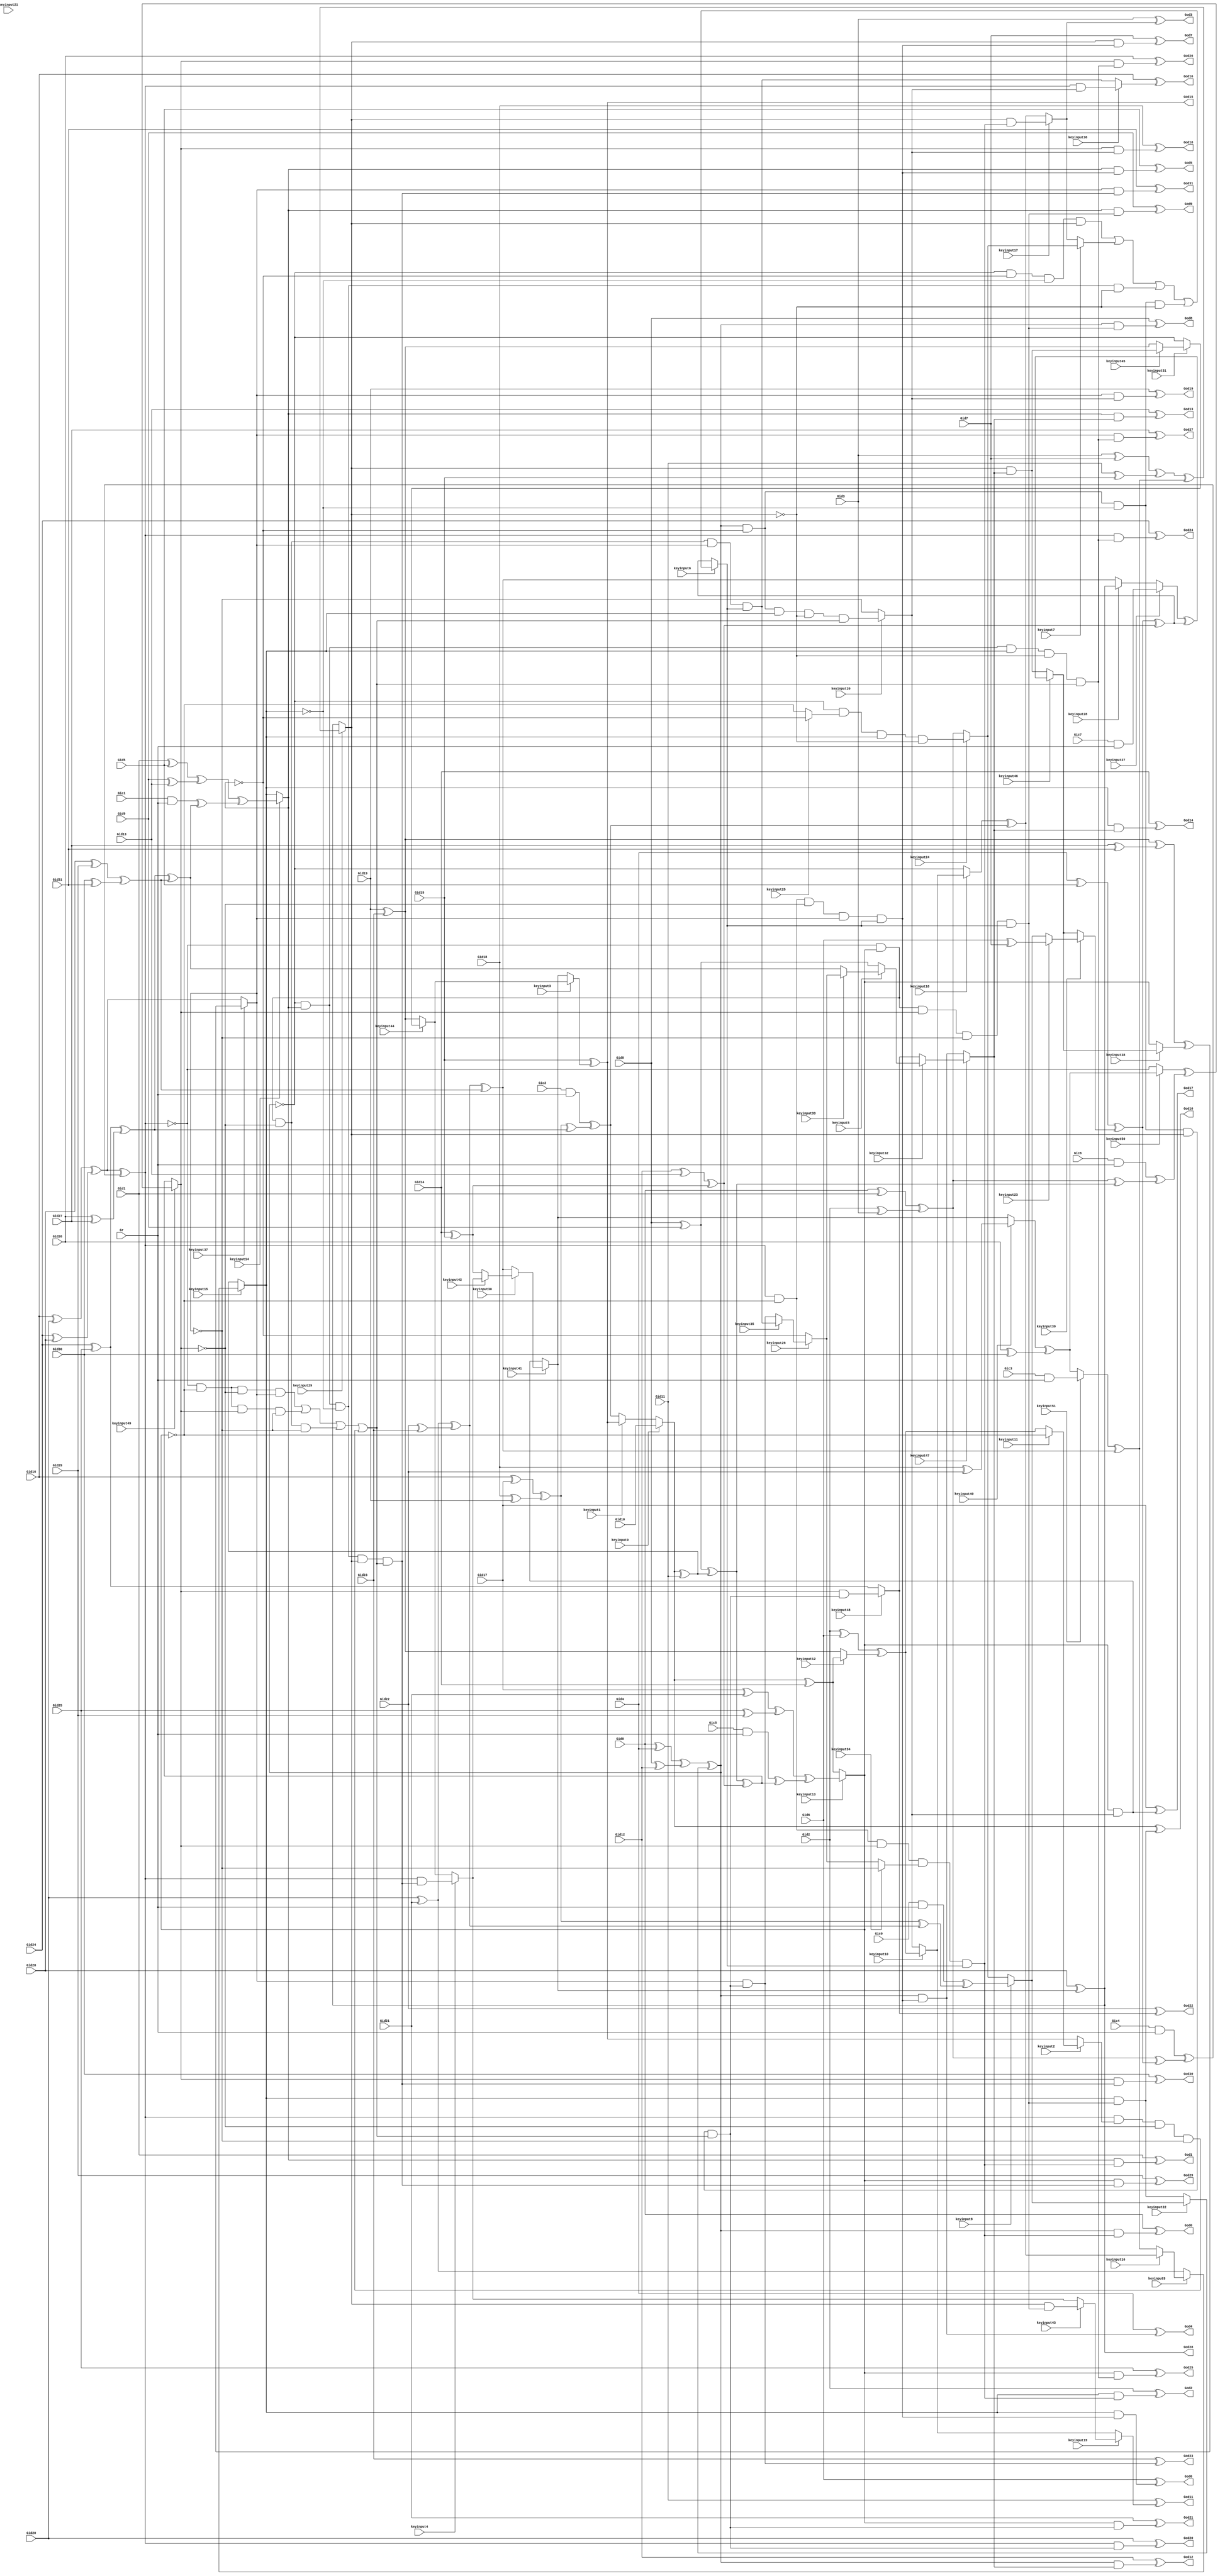
// Verilog File 
module top (Gid0,Gid1,Gid2,Gid3,Gid4,Gid5,Gid6,Gid7,Gid8,
Gid9,Gid10,Gid11,Gid12,Gid13,Gid14,Gid15,Gid16,Gid17,Gid18,
Gid19,Gid20,Gid21,Gid22,Gid23,Gid24,Gid25,Gid26,Gid27,Gid28,
Gid29,Gid30,Gid31,Gic0,Gic1,Gic2,Gic3,Gic4,Gic5,Gic6,
Gic7,Gr,God0,God1,God2,God3,God4,God5,God6,God7,
God8,God9,God10,God11,God12,God13,God14,God15,God16,God17,
God18,God19,God20,God21,God22,God23,God24,God25,God26,God27,
God28,God29,God30,God31,keyinput0,keyinput1,keyinput2,keyinput3,keyinput4,keyinput5,
keyinput6,keyinput7,keyinput8,keyinput9,keyinput10,keyinput11,keyinput12,keyinput13,keyinput14,keyinput15,
keyinput16,keyinput17,keyinput18,keyinput19,keyinput20,keyinput21,keyinput22,keyinput23,keyinput24,keyinput25,
keyinput26,keyinput27,keyinput28,keyinput29,keyinput30,keyinput31,keyinput32,keyinput33,keyinput34,keyinput35,
keyinput36,keyinput37,keyinput38,keyinput39,keyinput40,keyinput41,keyinput42,keyinput43,keyinput44,keyinput45,
keyinput46,keyinput47,keyinput48,keyinput49,keyinput50,keyinput51);

input Gid0,Gid1,Gid2,Gid3,Gid4,Gid5,Gid6,Gid7,Gid8,
Gid9,Gid10,Gid11,Gid12,Gid13,Gid14,Gid15,Gid16,Gid17,Gid18,
Gid19,Gid20,Gid21,Gid22,Gid23,Gid24,Gid25,Gid26,Gid27,Gid28,
Gid29,Gid30,Gid31,Gic0,Gic1,Gic2,Gic3,Gic4,Gic5,Gic6,
Gic7,Gr,keyinput0,keyinput1,keyinput2,keyinput3,keyinput4,keyinput5,keyinput6,keyinput7,
keyinput8,keyinput9,keyinput10,keyinput11,keyinput12,keyinput13,keyinput14,keyinput15,keyinput16,keyinput17,
keyinput18,keyinput19,keyinput20,keyinput21,keyinput22,keyinput23,keyinput24,keyinput25,keyinput26,keyinput27,
keyinput28,keyinput29,keyinput30,keyinput31,keyinput32,keyinput33,keyinput34,keyinput35,keyinput36,keyinput37,
keyinput38,keyinput39,keyinput40,keyinput41,keyinput42,keyinput43,keyinput44,keyinput45,keyinput46,keyinput47,
keyinput48,keyinput49,keyinput50,keyinput51;

output God0,God1,God2,God3,God4,God5,God6,God7,God8,
God9,God10,God11,God12,God13,God14,God15,God16,God17,God18,
God19,God20,God21,God22,God23,God24,God25,God26,God27,God28,
God29,God30,God31;

wire Gxa0,Gxa1,Gxa2,Gxa3,Gxa4,Gxa5,Gxa6,Gxa7,Gxa8,
Gxa9,Gxa10,Gxa11,Gxa12,Gxa13,Gxa14,Gxa15,Gh0,Gh1,Gh2,
Gh3,Gh4,Gh5,Gh6,Gh7,Gxb0,Gxc0,Gxb1,Gxc1,Gxb2,
Gxc2,Gxb3,Gxc3,Gxb4,Gxc4,Gxb5,Gxc5,Gxb6,Gxc6,Gxb7,
Gxc7,Gf0,Gf1,Gf2,Gf3,Gf4,Gf5,Gf6,Gf7,Gxe0,
Gxe1,Gxe2,Gxe3,Gxe4,Gxe5,Gxe6,Gxe7,Gg0,Gg1,Gg2,
Gg3,Gg4,Gg5,Gg6,Gg7,Gxd0,Gxd1,Gxd2,Gxd3,Gxd4,
Gxd5,Gxd6,Gxd7,Gs0,Gs1,Gs2,Gs3,Gs4,Gs5,Gs6,
Gs7,Gy0a,Gy1a,Gy2a,Gy0b,Gy1b,Gy3b,Gy0c,Gy2c,Gy3c,
Gy1d,Gy2d,Gy3d,Gy5i,Gy7i,Gy5j,Gy6j,Gy4k,Gy7k,Gy4l,
Gy6l,Gy4a,Gy5a,Gy6a,Gy4b,Gy5b,Gy7b,Gy4c,Gy6c,Gy7c,
Gy5d,Gy6d,Gy7d,Gy1i,Gy3i,Gy1j,Gy2j,Gy0k,Gy3k,Gy0l,
Gy2l,Gt0,Gt1,Gt2,Gt3,Gt4,Gt5,Gt6,Gt7,Gu0,
Gu1,Gwa,Gwb,Gwc,Gwd,Gwe,Gwf,Gwg,Gwh,Ge0,
Ge1,Ge2,Ge3,Ge4,Ge5,Ge6,Ge7,Ge8,Ge9,Ge10,
Ge11,Ge12,Ge13,Ge14,Ge15,Ge16,Ge17,Ge18,Ge19,Ge20,
Ge21,Ge22,Ge23,Ge24,Ge25,Ge26,Ge27,Ge28,Ge29,Ge30,
Ge31,muxed0,muxed1,muxed2,muxed3,muxed4,muxed5,muxed6,muxed7,muxed8,
muxed9,muxed10,muxed11,muxed12,muxed13,muxed14,muxed15,muxed16,muxed17,muxed18,
muxed19,muxed20,muxed21,muxed22,muxed23,muxed24,muxed25,muxed26,muxed27,muxed28,
muxed29,muxed30,muxed31,muxed32,muxed33,muxed34,muxed35,muxed36,muxed37,muxed38,
muxed39,muxed40,muxed41,muxed42,muxed43,muxed44,muxed45,muxed46,muxed47,muxed48,
muxed49,muxed50,muxed51;
xor gate_0(Gxa0,Gid0,Gid1);
xor gate_1(Gxa1,Gid2,Gid3);
xor gate_2(Gxa2,Gid4,Gid5);
xor gate_3(Gxa3,Gid6,Gid7);
xor gate_4(Gxa4,Gid8,Gid9);
xor gate_5(Gxa5,muxed0,Gid11);
xor gate_6(Gxa6,Gid12,Gid13);
xor gate_7(Gxa7,Gid14,Gid15);
xor gate_8(Gxa8,Gid16,Gid17);
xor gate_9(Gxa9,Gid18,Gid19);
xor gate_10(Gxa10,Gid20,Gid21);
xor gate_11(Gxa11,Gid22,Gid23);
xor gate_12(Gxa12,Gid24,Gid25);
xor gate_13(Gxa13,Gid26,Gid27);
xor gate_14(Gxa14,Gid28,Gid29);
xor gate_15(Gxa15,Gid30,Gid31);
and gate_16(Gh0,Gic0,Gr);
and gate_17(Gh1,Gic1,Gr);
and gate_18(Gh2,Gic2,Gr);
and gate_19(Gh3,Gic3,Gr);
and gate_20(Gh4,Gic4,Gr);
and gate_21(Gh5,Gic5,Gr);
and gate_22(Gh6,Gic6,Gr);
and gate_23(Gh7,Gic7,Gr);
xor gate_24(Gxb0,Gid0,Gid4);
xor gate_25(Gxc0,Gid8,Gid12);
xor gate_26(Gxb1,Gid1,Gid5);
xor gate_27(Gxc1,Gid9,Gid13);
xor gate_28(Gxb2,Gid2,Gid6);
xor gate_29(Gxc2,muxed0,Gid14);
xor gate_30(Gxb3,Gid3,Gid7);
xor gate_31(Gxc3,Gid11,Gid15);
xor gate_32(Gxb4,Gid16,Gid20);
xor gate_33(Gxc4,Gid24,Gid28);
xor gate_34(Gxb5,Gid17,Gid21);
xor gate_35(Gxc5,Gid25,Gid29);
xor gate_36(Gxb6,Gid18,Gid22);
xor gate_37(Gxc6,Gid26,Gid30);
xor gate_38(Gxb7,Gid19,Gid23);
xor gate_39(Gxc7,Gid27,Gid31);
xor gate_40(Gf0,Gxa0,Gxa1);
xor gate_41(Gf1,Gxa2,muxed39);
xor gate_42(Gf2,Gxa4,Gxa5);
xor gate_43(Gf3,Gxa6,Gxa7);
xor gate_44(Gf4,Gxa8,Gxa9);
xor gate_45(Gf5,Gxa10,Gxa11);
xor gate_46(Gf6,Gxa12,Gxa13);
xor gate_47(Gf7,Gxa14,Gxa15);
xor gate_48(Gxe0,Gxb0,Gxc0);
xor gate_49(Gxe1,Gxb1,Gxc1);
xor gate_50(Gxe2,Gxb2,muxed12);
xor gate_51(Gxe3,Gxb3,Gxc3);
xor gate_52(Gxe4,Gxb4,Gxc4);
xor gate_53(Gxe5,Gxb5,Gxc5);
xor gate_54(Gxe6,muxed40,Gxc6);
xor gate_55(Gxe7,Gxb7,Gxc7);
xor gate_56(Gg0,Gf0,Gf1);
xor gate_57(Gg1,Gf2,Gf3);
xor gate_58(Gg2,Gf0,Gf2);
xor gate_59(Gg3,Gf1,Gf3);
xor gate_60(Gg4,Gf4,Gf5);
xor gate_61(Gg5,Gf6,Gf7);
xor gate_62(Gg6,Gf4,Gf6);
xor gate_63(Gg7,Gf5,Gf7);
xor gate_64(Gxd0,Gh0,Gg4);
xor gate_65(Gxd1,Gh1,Gg5);
xor gate_66(Gxd2,Gh2,Gg6);
xor gate_67(Gxd3,muxed51,Gg7);
xor gate_68(Gxd4,Gh4,Gg0);
xor gate_69(Gxd5,Gh5,Gg1);
xor gate_70(Gxd6,Gh6,Gg2);
xor gate_71(Gxd7,muxed27,Gg3);
xor gate_72(Gs0,Gxe0,muxed22);
xor gate_73(Gs1,Gxe1,Gxd1);
xor gate_74(Gs2,muxed18,Gxd2);
xor gate_75(Gs3,Gxe3,Gxd3);
xor gate_76(Gs4,Gxe4,Gxd4);
xor gate_77(Gs5,Gxe5,Gxd5);
xor gate_78(Gs6,muxed50,Gxd6);
xor gate_79(Gs7,Gxe7,muxed38);
not gate_80(Gy0a,muxed21);
not gate_81(Gy1a,muxed14);
not gate_82(Gy2a,muxed15);
not gate_83(Gy0b,muxed21);
not gate_84(Gy1b,muxed14);
not gate_85(Gy3b,muxed29);
not gate_86(Gy0c,muxed21);
not gate_87(Gy2c,muxed15);
not gate_88(Gy3c,muxed29);
not gate_89(Gy1d,muxed14);
not gate_90(Gy2d,muxed15);
not gate_91(Gy3d,muxed29);
not gate_92(Gy5i,muxed13);
not gate_93(Gy7i,muxed37);
not gate_94(Gy5j,muxed13);
not gate_95(Gy6j,muxed49);
not gate_96(Gy4k,Gs4);
not gate_97(Gy7k,muxed37);
not gate_98(Gy4l,Gs4);
not gate_99(Gy6l,muxed49);
not gate_100(Gy4a,Gs4);
not gate_101(Gy5a,muxed13);
not gate_102(Gy6a,muxed49);
not gate_103(Gy4b,Gs4);
not gate_104(Gy5b,muxed13);
not gate_105(Gy7b,muxed37);
not gate_106(Gy4c,Gs4);
not gate_107(Gy6c,muxed49);
not gate_108(Gy7c,muxed37);
not gate_109(Gy5d,muxed13);
not gate_110(Gy6d,muxed49);
not gate_111(Gy7d,muxed37);
not gate_112(Gy1i,muxed14);
not gate_113(Gy3i,muxed29);
not gate_114(Gy1j,muxed14);
not gate_115(Gy2j,muxed15);
not gate_116(Gy0k,muxed21);
not gate_117(Gy3k,muxed29);
not gate_118(Gy0l,muxed21);
not gate_119(Gy2l,muxed15);
and gate_120(Gt0,Gy0a,Gy1a,Gy2a,muxed29);
and gate_121(Gt1,Gy0b,muxed25,muxed15,Gy3b);
and gate_122(Gt2,Gy0c,muxed14,Gy2c,Gy3c);
and gate_123(Gt3,muxed21,Gy1d,Gy2d,Gy3d);
and gate_124(Gt4,Gy4a,Gy5a,Gy6a,muxed37);
and gate_125(Gt5,Gy4b,Gy5b,muxed49,Gy7b);
and gate_126(Gt6,Gy4c,muxed13,Gy6c,Gy7c);
and gate_127(Gt7,Gs4,muxed2,Gy6d,Gy7d);
or gate_128(Gu0,Gt0,muxed7,Gt2,Gt3);
or gate_129(Gu1,Gt4,Gt5,Gt6,Gt7);
and gate_130(Gwa,Gs4,Gy5i,muxed49,muxed34,muxed6);
and gate_131(Gwb,Gs4,Gy5j,Gy6j,muxed37,muxed6);
and gate_132(Gwc,Gy4k,muxed13,muxed49,Gy7k,muxed6);
and gate_133(Gwd,Gy4l,muxed13,Gy6l,muxed37,muxed6);
and gate_134(Gwe,muxed21,Gy1i,muxed15,Gy3i,Gu1);
and gate_135(Gwf,muxed21,Gy1j,Gy2j,muxed29,Gu1);
and gate_136(Gwg,Gy0k,muxed14,muxed15,Gy3k,Gu1);
and gate_137(Gwh,Gy0l,muxed14,Gy2l,muxed29,Gu1);
and gate_138(Ge0,muxed21,Gwa);
and gate_139(Ge1,muxed14,Gwa);
and gate_140(Ge2,muxed15,Gwa);
and gate_141(Ge3,muxed29,Gwa);
and gate_142(Ge4,muxed21,Gwb);
and gate_143(Ge5,muxed14,Gwb);
and gate_144(Ge6,muxed15,Gwb);
and gate_145(Ge7,muxed29,Gwb);
and gate_146(Ge8,muxed21,Gwc);
and gate_147(Ge9,muxed14,Gwc);
and gate_148(Ge10,muxed15,Gwc);
and gate_149(Ge11,muxed29,Gwc);
and gate_150(Ge12,muxed21,muxed47);
and gate_151(Ge13,muxed14,muxed47);
and gate_152(Ge14,muxed15,muxed47);
and gate_153(Ge15,muxed29,muxed47);
and gate_154(Ge16,Gs4,muxed20);
and gate_155(Ge17,muxed13,muxed20);
and gate_156(Ge18,muxed49,muxed20);
and gate_157(Ge19,muxed37,muxed20);
and gate_158(Ge20,Gs4,Gwf);
and gate_159(Ge21,muxed13,Gwf);
and gate_160(Ge22,muxed49,Gwf);
and gate_161(Ge23,muxed37,Gwf);
and gate_162(Ge24,Gs4,Gwg);
and gate_163(Ge25,muxed13,Gwg);
and gate_164(Ge26,muxed49,Gwg);
and gate_165(Ge27,muxed37,Gwg);
and gate_166(Ge28,Gs4,Gwh);
and gate_167(Ge29,muxed13,Gwh);
and gate_168(Ge30,muxed49,Gwh);
and gate_169(Ge31,muxed37,Gwh);
xor gate_170(God0,Gid0,Ge0);
xor gate_171(God1,Gid1,Ge1);
xor gate_172(God2,Gid2,Ge2);
xor gate_173(God3,Gid3,muxed17);
xor gate_174(God4,Gid4,Ge4);
xor gate_175(God5,Gid5,Ge5);
xor gate_176(God6,Gid6,Ge6);
xor gate_177(God7,Gid7,Ge7);
xor gate_178(God8,Gid8,Ge8);
xor gate_179(God9,Gid9,Ge9);
xor gate_180(God10,muxed0,Ge10);
xor gate_181(God11,Gid11,muxed19);
xor gate_182(God12,Gid12,Ge12);
xor gate_183(God13,Gid13,Ge13);
xor gate_184(God14,Gid14,Ge14);
xor gate_185(God15,Gid15,muxed3);
xor gate_186(God16,Gid16,muxed36);
xor gate_187(God17,Gid17,Ge17);
xor gate_188(God18,Gid18,Ge18);
xor gate_189(God19,Gid19,Ge19);
xor gate_190(God20,Gid20,Ge20);
xor gate_191(God21,Gid21,Ge21);
xor gate_192(God22,Gid22,muxed48);
xor gate_193(God23,Gid23,Ge23);
xor gate_194(God24,Gid24,Ge24);
xor gate_195(God25,Gid25,Ge25);
xor gate_196(God26,Gid26,Ge26);
xor gate_197(God27,Gid27,Ge27);
xor gate_198(God28,Gid28,muxed41);
xor gate_199(God29,Gid29,Ge29);
xor gate_200(God30,Gid30,Ge30);
xor gate_201(God31,Gid31,Ge31);
assign muxed0 = keyinput0 ? Gid10 : muxed1;
assign muxed1 = keyinput1 ? God15 : Gxd2;
assign muxed2 = keyinput2 ? muxed11 : God15;
assign muxed3 = keyinput3 ? muxed44 : muxed41;
assign muxed4 = keyinput4 ? Ge28 : muxed44;
assign muxed5 = keyinput5 ? muxed33 : Gxa4;
assign muxed6 = keyinput6 ? Gu0 : Gg3;
assign muxed7 = keyinput7 ? muxed24 : muxed17;
assign muxed8 = keyinput8 ? Gxd0 : muxed24;
assign muxed9 = keyinput9 ? muxed16 : Gxa10;
assign muxed10 = keyinput10 ? Gxe2 : muxed20;
assign muxed11 = keyinput11 ? Gy5d : Gxe2;
assign muxed12 = keyinput12 ? Gxc2 : Gxb7;
assign muxed13 = keyinput13 ? Gs5 : Gxc2;
assign muxed14 = keyinput14 ? Gs1 : muxed15;
assign muxed15 = keyinput15 ? muxed9 : Gxa5;
assign muxed16 = keyinput16 ? Gs2 : Gxd3;
assign muxed17 = keyinput17 ? Ge3 : Gs2;
assign muxed18 = keyinput18 ? muxed10 : Gy0c;
assign muxed19 = keyinput19 ? muxed43 : muxed10;
assign muxed20 = keyinput20 ? Gwe : Gy7b;
assign muxed21 = keyinput21 ? Gs0 : Gs0;
assign muxed22 = keyinput22 ? muxed8 : Ge10;
assign muxed23 = keyinput23 ? Gxa3 : muxed8;
assign muxed24 = keyinput24 ? Gt1 : Gf0;
assign muxed25 = keyinput25 ? Gy1b : Gy5a;
assign muxed26 = keyinput26 ? muxed35 : Gy1b;
assign muxed27 = keyinput27 ? Gh7 : muxed28;
assign muxed28 = keyinput28 ? God28 : Gg7;
assign muxed29 = keyinput29 ? Gs3 : God28;
assign muxed30 = keyinput30 ? muxed42 : Gg7;
assign muxed31 = keyinput31 ? muxed45 : Gy0c;
assign muxed32 = keyinput32 ? muxed5 : muxed48;
assign muxed33 = keyinput33 ? muxed26 : Gg5;
assign muxed34 = keyinput34 ? Gy7i : muxed26;
assign muxed35 = keyinput35 ? Gwd : Ge23;
assign muxed36 = keyinput36 ? Ge16 : Gwd;
assign muxed37 = keyinput37 ? Gs7 : Gxe4;
assign muxed38 = keyinput38 ? muxed46 : muxed13;
assign muxed39 = keyinput39 ? muxed23 : muxed46;
assign muxed40 = keyinput40 ? Gxb6 : muxed41;
assign muxed41 = keyinput41 ? muxed30 : Ge17;
assign muxed42 = keyinput42 ? muxed4 : Gxa7;
assign muxed43 = keyinput43 ? Ge11 : muxed4;
assign muxed44 = keyinput44 ? muxed31 : Gxb7;
assign muxed45 = keyinput45 ? Ge15 : Gxb7;
assign muxed46 = keyinput46 ? Gxd7 : Ge15;
assign muxed47 = keyinput47 ? muxed32 : Ge4;
assign muxed48 = keyinput48 ? Ge22 : Gxa12;
assign muxed49 = keyinput49 ? Gs6 : Gg1;
assign muxed50 = keyinput50 ? Gxe6 : Gy4l;
assign muxed51 = keyinput51 ? Gh3 : Gxe6;
endmodule